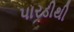
પારડીથી